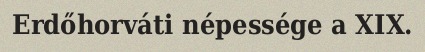
Erdőhorváti népessége a XIX.